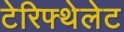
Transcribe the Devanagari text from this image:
टेरिफ्थेलेट